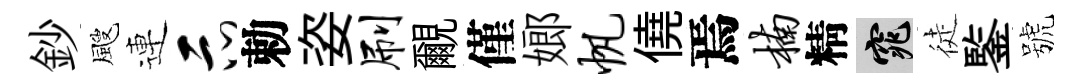
鈔颼連示勅姿刷覼僅嫏帆僥焉楠精窕徒鍳號